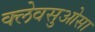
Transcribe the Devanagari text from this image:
क्लेवसुओसा